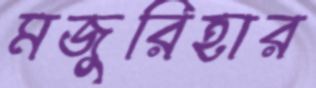
মজুরিহার